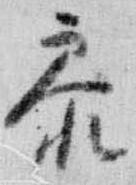
参